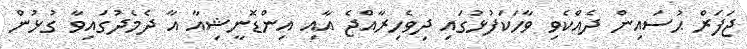
ޖަފަރް ޙުސައިން ދެއްކެވި ވާހަކަފުޅުގައި ދިވެހިރާއްޖެ އާއި އިންޑޮނީޝިއާ އާ ދެމެދުގައިވާ ގުޅުން